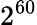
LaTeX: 2^{60}